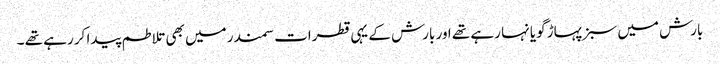
بارش میں سبز پہاڑ گویا نہا رہے تھے اور بارش کے یہی قطرات سمندر میں بھی تلاطم پیدا کر رہے تھے ۔